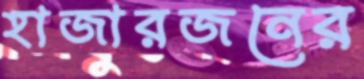
হাজারজনের